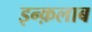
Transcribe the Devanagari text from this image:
इन्क़लाब